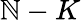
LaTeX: \mathbb{N}-K